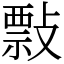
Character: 𢿏